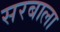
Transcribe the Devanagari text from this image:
सरबाला